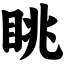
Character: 眺